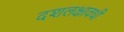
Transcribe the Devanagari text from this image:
दशलक्षावधी